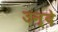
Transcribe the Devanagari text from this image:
उन्दे